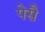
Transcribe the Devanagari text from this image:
पेसै